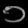
Digit: ၁